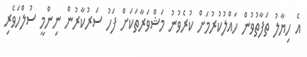
އެ ހިޔާލު ތަފާތުވުން ހައްލުކުރުމަށް ކުރެވުނު މަޝްވަރާތަކަށް ފަހު ސަރުކާރުން ނިންމީ ސުލްހަވެރި